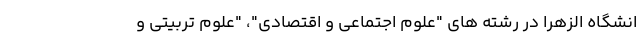
انشگاه الزهرا در رشته های "علوم اجتماعی و اقتصادی"، "علوم تربیتی و